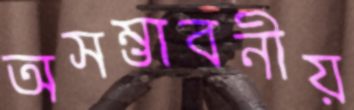
অসম্ভাবনীয়